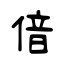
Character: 偣